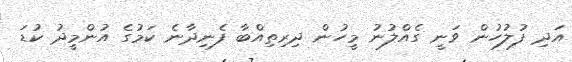
އަދި ފުލުހުން ވަނީ ގެއްލުނު މީހުން ދިރިތިއްބާ ފެނިދާނެ ކަމުގެ އުންމީދު ކުޑަ